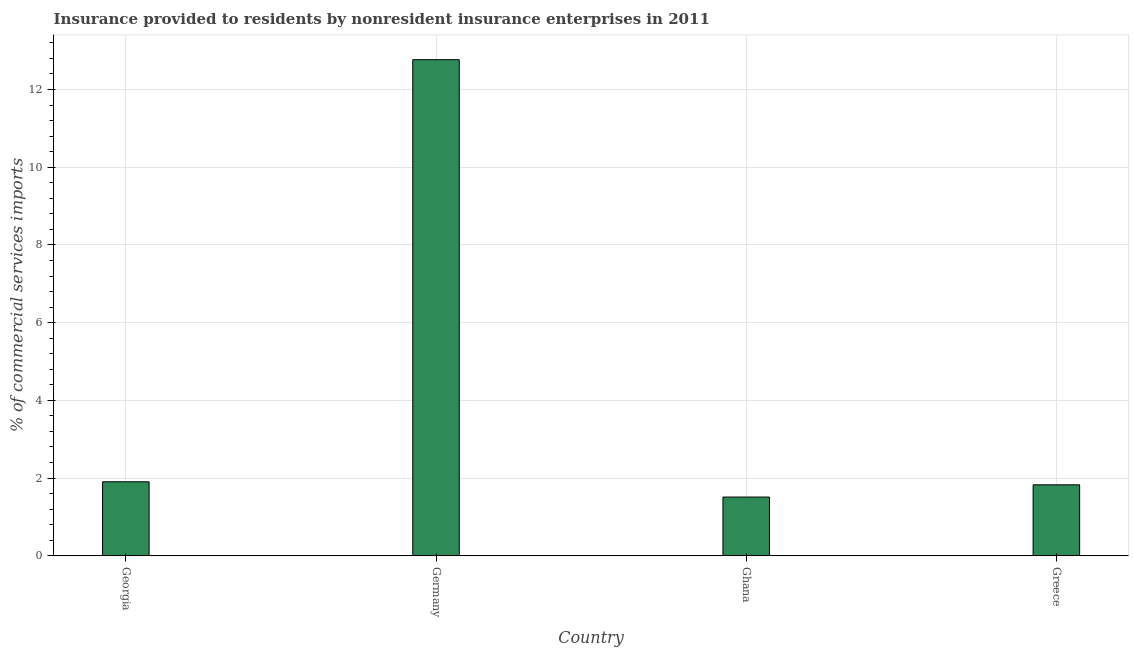
| Country | Insurance provided by non-residents |
 | --- | --- |
 | Georgia | 1.9 |
 | Germany | 12.8 |
 | Ghana | 1.51 |
 | Greece | 1.83 |